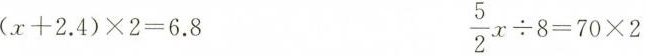
$$( x + 2 . 4 ) \times 2 = 6 . 8$$ $$\frac { 5 } { 2 } \div 8 = 7 0 \times 2$$